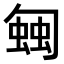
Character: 𧍀